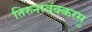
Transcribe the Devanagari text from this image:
तिरुनावंक्करसु